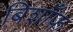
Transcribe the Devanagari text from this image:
बिशाँफ